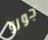
جورو